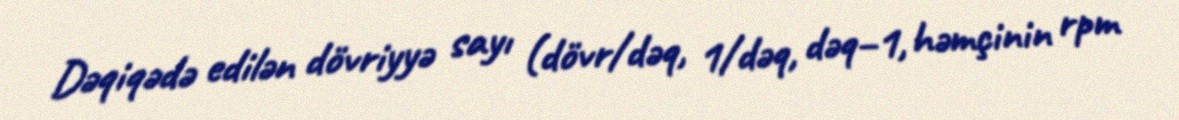
Dəqiqədə edilən dövriyyə sayı (dövr/dəq, 1/dəq, dəq−1, həmçinin rpm